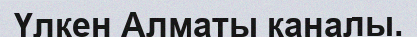
Үлкен Алматы каналы.